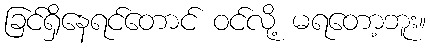
ခြင်ရှိနေရင်တောင် ဝင်လို့ မရတော့ဘူး။